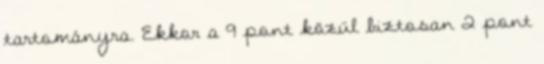
tartományra. Ekkor a 9 pont közül biztosan 2 pont